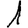
Digit: 1